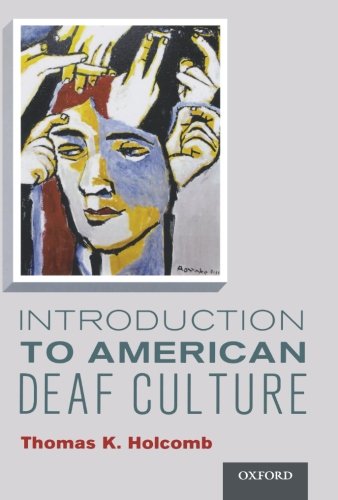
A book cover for Introduction to American Deaf Culture (Professional Perspectives On Deafness: Evidence and Applications); Thomas K. Holcomb; Medical Books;